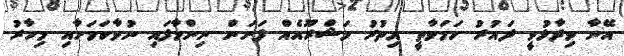
އޭނާ ވިދާޅުވީ ދައުރު ހަމަވާތީ އިތުރު މަޝްރޫއެއް ފަށަން ނިންމާފައި ނުވާކަމަށާއި މިހާރު